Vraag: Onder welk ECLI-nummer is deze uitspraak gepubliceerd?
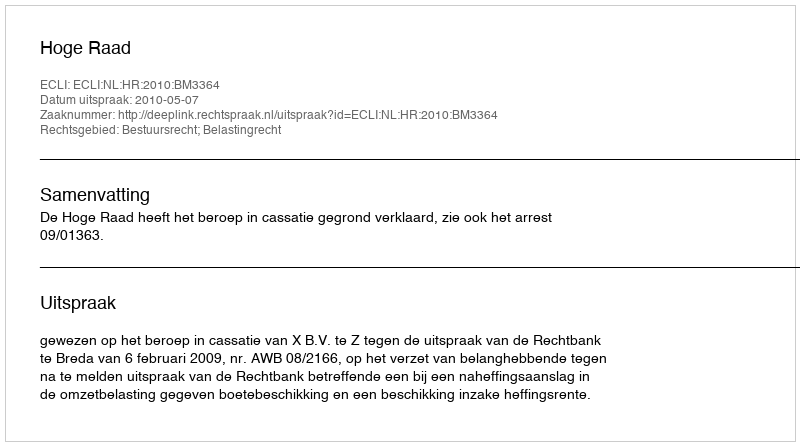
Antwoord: ECLI:NL:HR:2010:BM3364